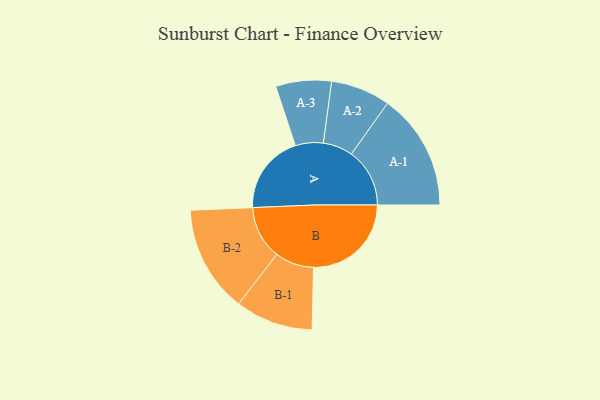
{"axis": {"x": "Segment", "y": "Value"}, "legend": ["", "A", "B"], "data": [{"x": "A", "y": 322, "type": ""}, {"x": "B", "y": 397, "type": ""}, {"x": "A-1", "y": 237, "type": "A"}, {"x": "A-2", "y": 121, "type": "A"}, {"x": "A-3", "y": 113, "type": "A"}, {"x": "B-1", "y": 158, "type": "B"}, {"x": "B-2", "y": 217, "type": "B"}]}